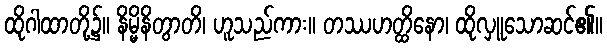
ထိုဂါထာတို့၌။ နိမ္မိနိတွာတိ၊ ဟူသည်ကား။ တဿဟတ္ထိနော၊ ထိုလှူသောဆင်၏။